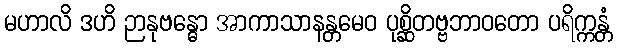
မဟာလိ ဒဟိ ဉာနုဗန္ဓော အာကာသာနန္တမေဝ ပုစ္ဆိတဗ္ဗဘာဝတော ပရိက္ကန္တံ